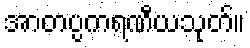
အာတပ္ပကရဏီယသုတ်။